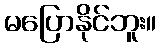
မပြောနိုင်ဘူး။